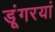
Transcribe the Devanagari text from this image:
डूंगरयां